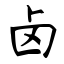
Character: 卤